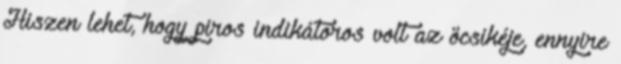
Hiszen lehet, hogy piros indikátoros volt az öcsikéje, ennyire